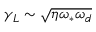
\gamma _ { L } \sim \sqrt { \eta \omega _ { \ast } \omega _ { d } }